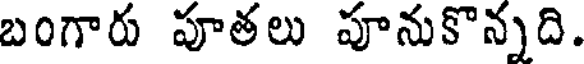
బంగారు పూతలు పూనుకొన్నది.